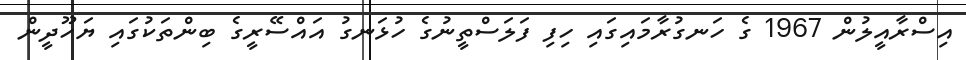
އިސްރާއީލުން 1967 ގެ ހަނގުރާމައިގައި ހިފި ފަލަސްތީނުގެ ހުޅަނގު އައްސޭރީގެ ބިންތަކުގައި ޔަހޫދީން